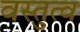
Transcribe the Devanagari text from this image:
वस्तुत्व